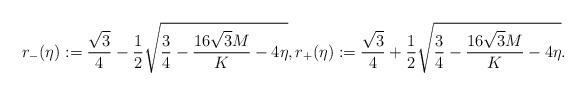
LaTeX: \begin{align*}r_{-}(\eta) := \frac{\sqrt{3}}{4}-\frac{1}{2}\sqrt{\frac{3}{4} - \frac{16\sqrt{3}M}{K} -4\eta}, r_{+}(\eta) := \frac{\sqrt{3}}{4} + \frac{1}{2}\sqrt{\frac{3}{4} - \frac{16\sqrt{3}M}{K} -4\eta}.\end{align*}